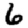
Digit: 6